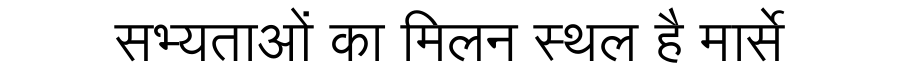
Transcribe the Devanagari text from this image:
सभ्यताओं का मिलन स्थल है मार्से